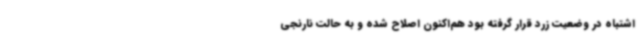
اشتباه در وضعیت زرد قرار گرفته بود هم‌اکنون اصلاح شده و به حالت نارنجی